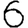
Digit: 6